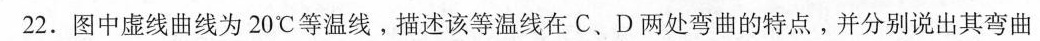
22.图中虚线曲线为20℃等温线。描述该等温线在C、D两处弯曲的特点。并分别说出其弯曲